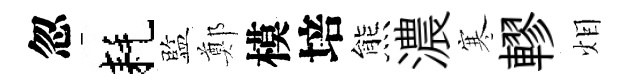
忽耗監鄭模培熊濃寒轇𤇆